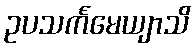
ဥပသင်္ကမေယျာသိ